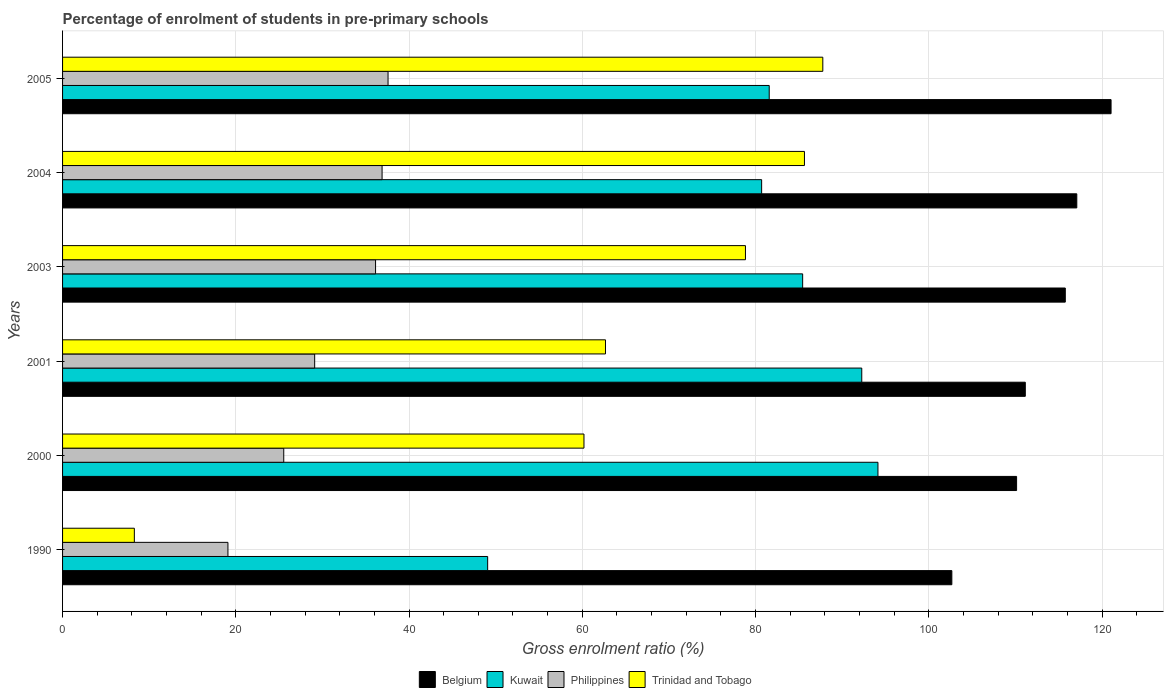
| Years | Belgium | Kuwait | Philippines | Trinidad and Tobago |
 | --- | --- | --- | --- | --- |
 | 1990 | 103 | 49.1 | 19.1 | 8.29 |
 | 2000 | 110 | 94.1 | 25.5 | 60.2 |
 | 2001 | 111 | 92.3 | 29.1 | 62.7 |
 | 2003 | 116 | 85.4 | 36.1 | 78.8 |
 | 2004 | 117 | 80.7 | 36.9 | 85.6 |
 | 2005 | 121 | 81.6 | 37.6 | 87.8 |